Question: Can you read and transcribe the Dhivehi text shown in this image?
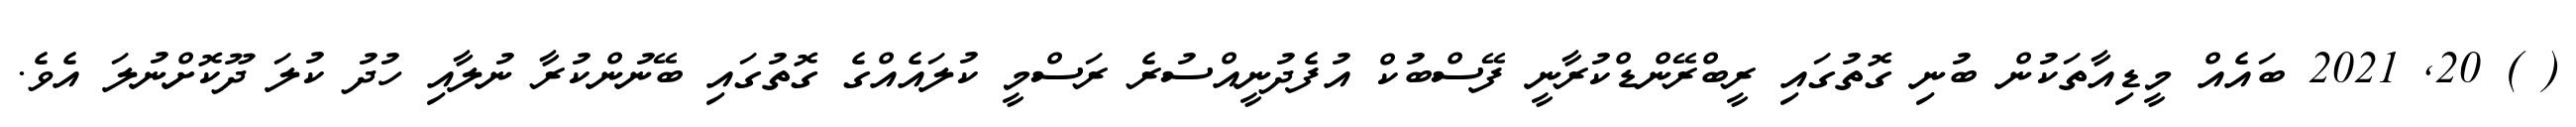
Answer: ( ) 20, 2021 ބައެއް މީޑިއާތަކުން ބުނި ގޮތުގައި ރީބްރޭންޑްކުރާނީ ފޭސްބުކް އުފެދުނީއްސުރެ ރަސްމީ ކުލައެއްގެ ގޮތުގައި ބޭނުންކުރާ ނުލާއި ހުދު ކުލަ ދޫކޮށްނުލަ އެވެ.